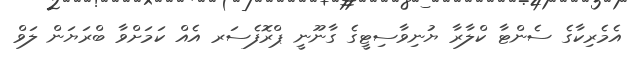
އެމެރިކާގެ ސެންޓާ ކްލާރާ ޔުނިވާސިޓީގެ ގާނޫނީ ޕްރޮފެސަރ އެއް ކަމަށްވާ ބްރަޔަން ލަވް